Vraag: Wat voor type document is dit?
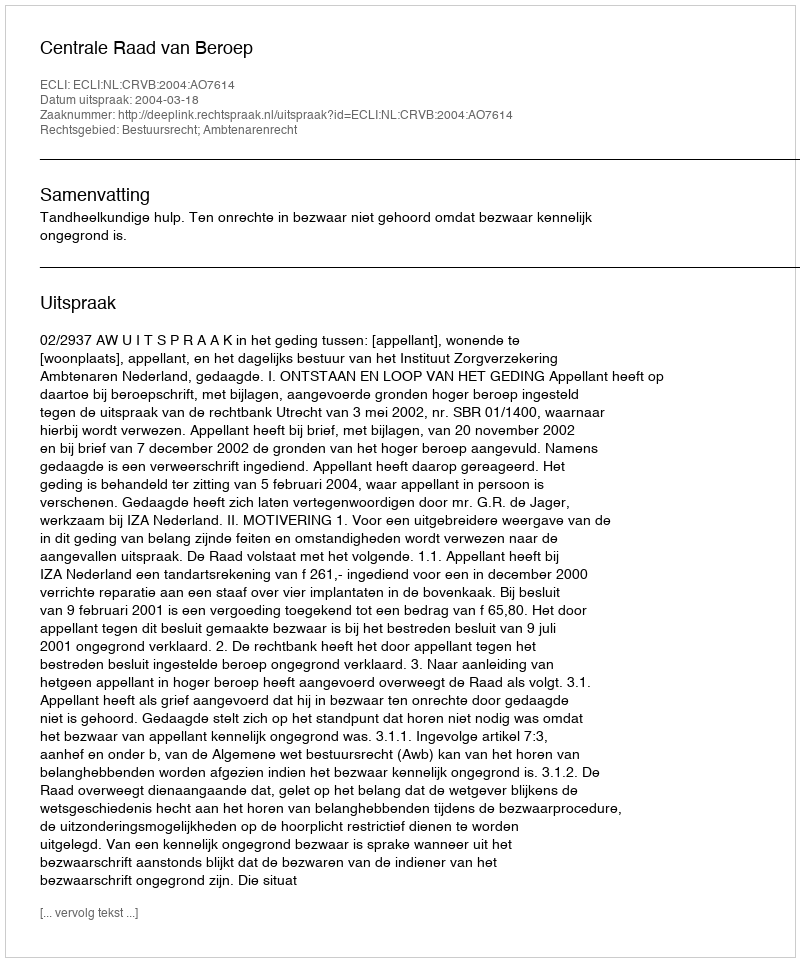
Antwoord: Uitspraak